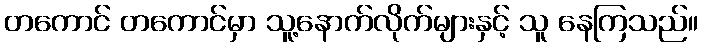
တကောင် တကောင်မှာ သူ့နောက်လိုက်များနှင့် သူ နေကြသည်။